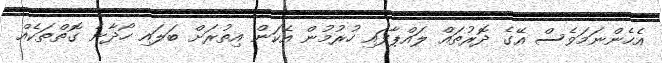
އެހެންނަމަވެސް އޭގެ ދޮރުތައް ލައްޕާފައި ހުރުމުން އެކަން އިތުރަށް ބަލައި ހޯދާނެ ގޮތްތަކެއް